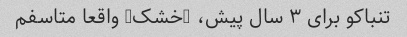
تنباکو برای ۳ سال پیش، (خشک) واقعا متاسفم